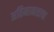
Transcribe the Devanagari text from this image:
अतिमानसाचा